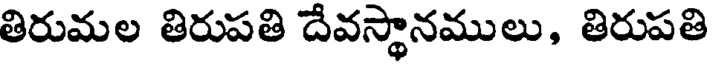
తిరుమల తిరుపతి దేవస్థానములు, తిరుపతి